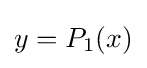
{\textstyle y=P_{1}(x)}